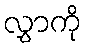
လွှာကို